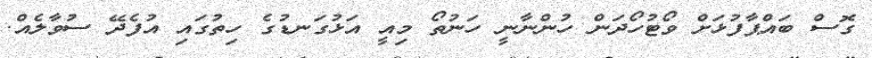
ގޮސް ބައްޕާފުޅަށް ވޯޓުހޯދަން ހުންނާނީ ހަނުތޯ މިއީ އަޅުގަނޑުގެ ހިތުގައި އުފެދޭ ސުވާލެއް.